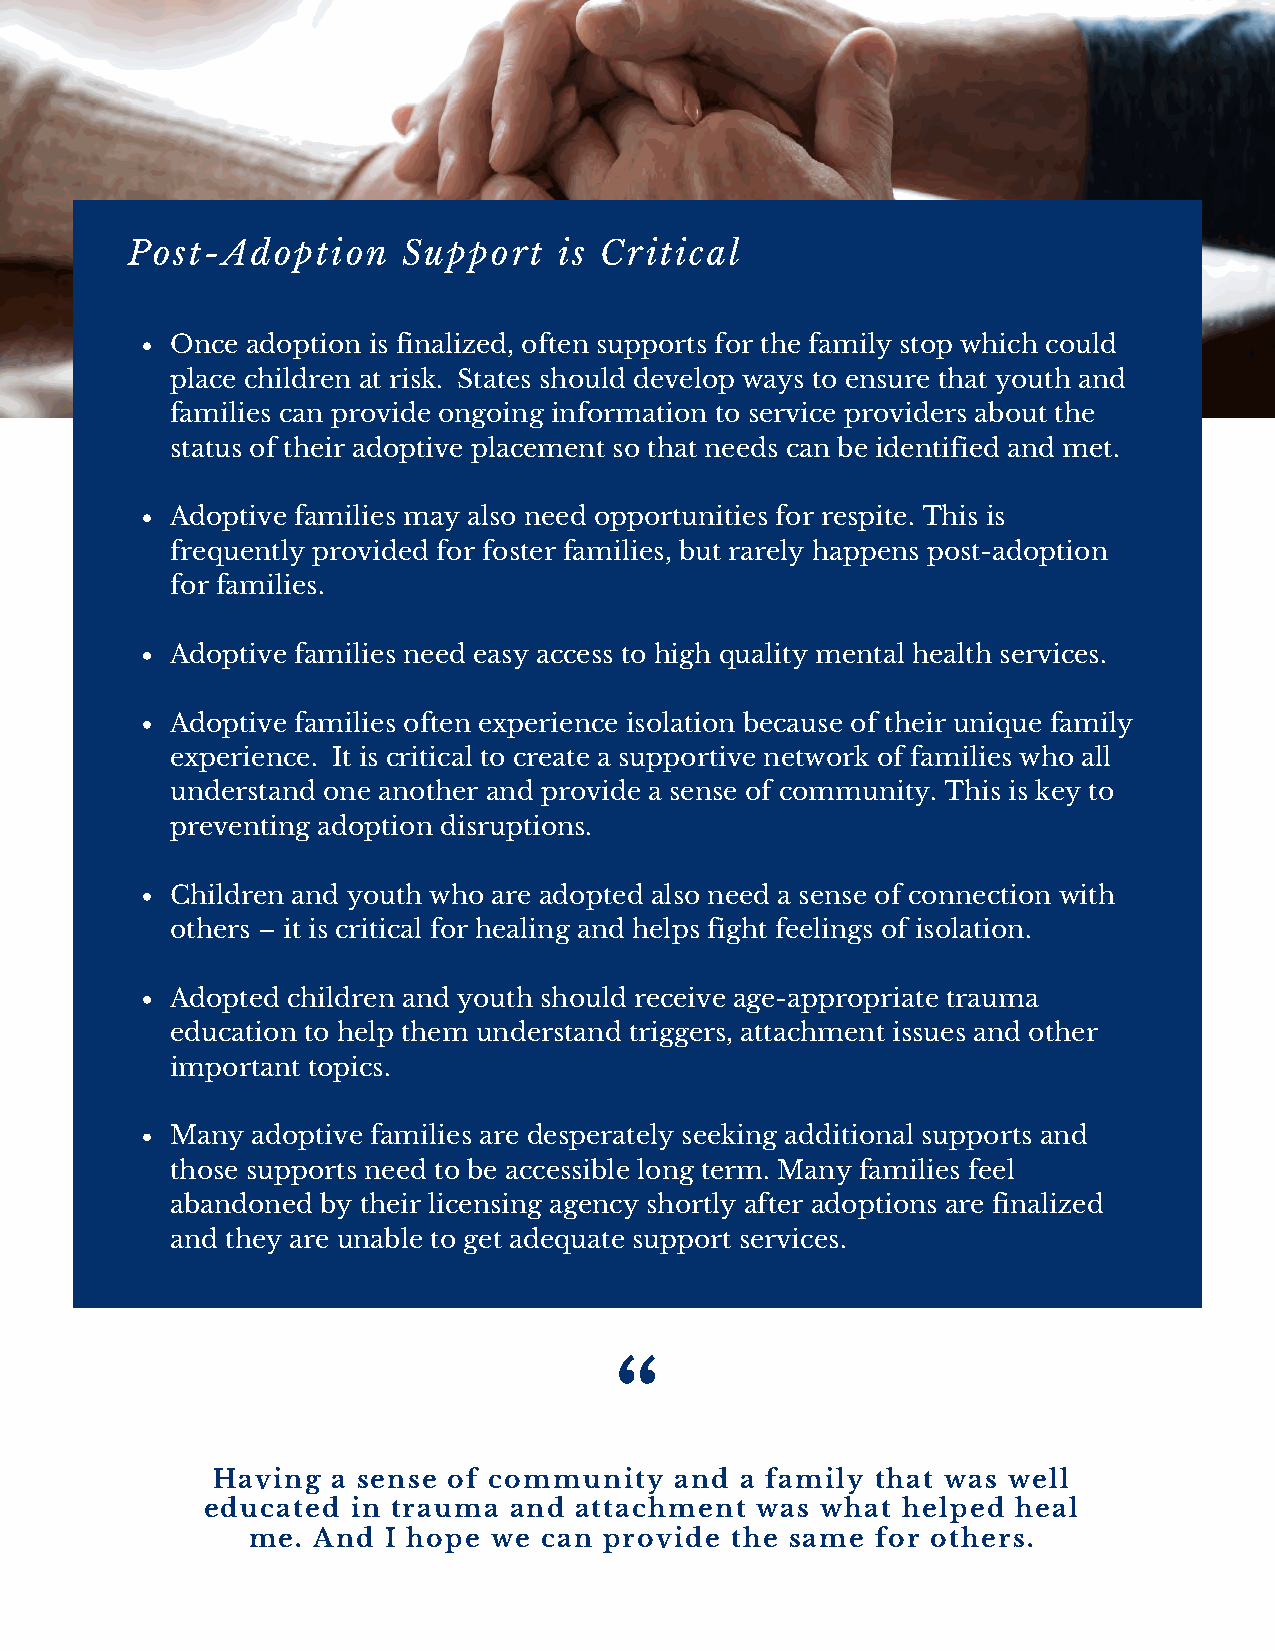
Post-Adoption      Support   is Critical
 Once adoption is finalized, often supports for the family stop which could
 place children at risk. States should develop ways to ensure that youth and
 families can provide ongoing information to service providers about the
 status of their adoptive placement so that needs can be identified and met.
 Adoptive families may also need opportunities for respite. This is
 frequently provided for foster families, but rarely happens post-adoption
 for families.
 Adoptive families need easy access to high quality mental health services.
 Adoptive families often experience isolation because of their unique family
 experience. It is critical to create a supportive network of families who all
 understand one another and provide a sense of community. This is key to
 preventing adoption disruptions.
 Children and youth who are adopted also need a sense of connection with
 others – it is critical for healing and helps fight feelings of isolation.
 Adopted children and youth should receive age-appropriate trauma
 education to help them understand triggers, attachment issues and other
 important topics.
 Many  adoptive families are desperately seeking additional supports and
 those supports need to be accessible long term. Many families feel
 abandoned by their licensing agency shortly after adoptions are finalized
 and they are unable to get adequate support services.
 “
 Having  a sense of community   and a family that was well
 educated in trauma  and attachment  was what  helped heal
 me.  And I hope we  can provide the same  for others.